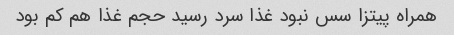
همراه پیتزا سس نبود غذا سرد رسید حجم غذا هم کم بود